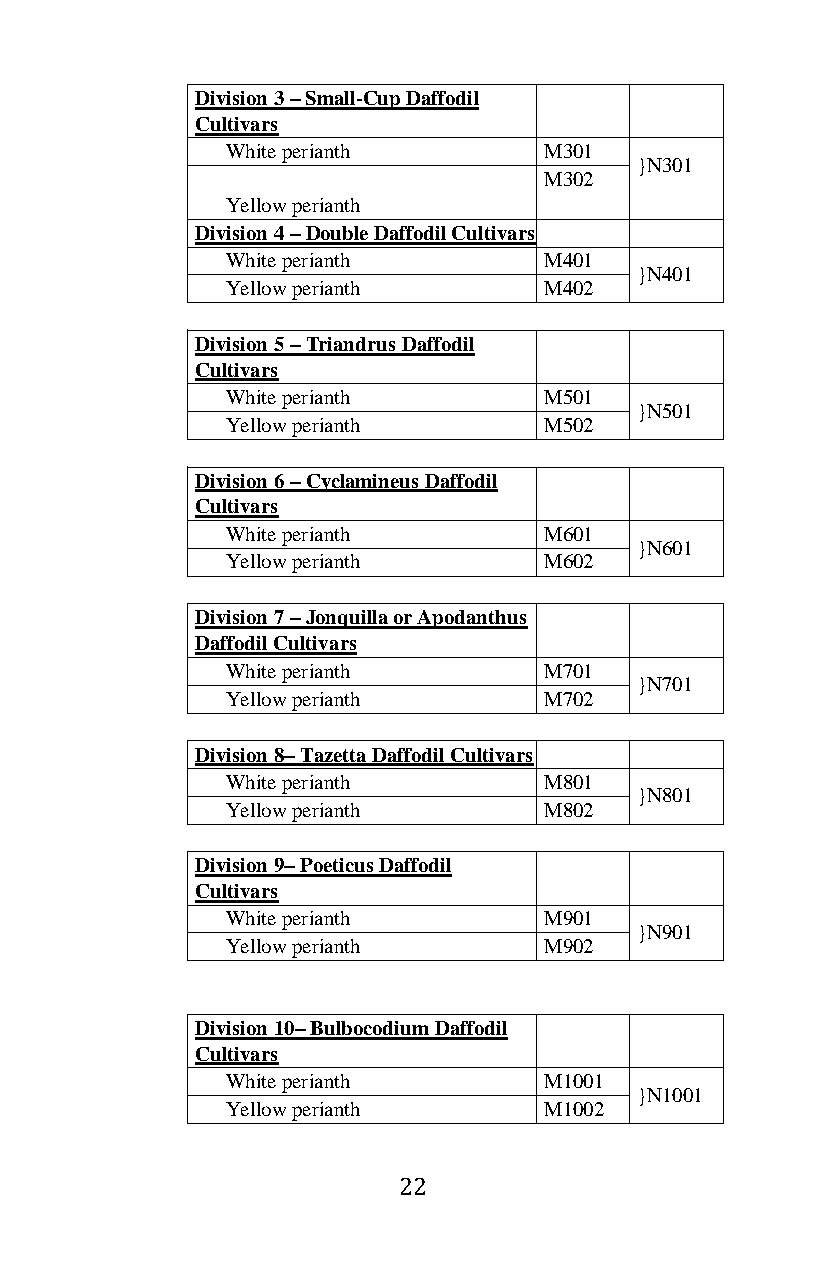
Division 3 – Small-Cup Daffodil
 Cultivars
 White perianth       M301
 }N301
 M302
 Yellow perianth
 Division 4 – Double Daffodil Cultivars
 White perianth       M401
 }N401
 Yellow perianth      M402
 Division 5 – Triandrus Daffodil
 Cultivars
 White perianth       M501
 }N501
 Yellow perianth      M502
 Division 6 – Cyclamineus Daffodil
 Cultivars
 White perianth       M601
 }N601
 Yellow perianth      M602
 Division 7 – Jonquilla or Apodanthus
 Daffodil Cultivars
 White perianth       M701
 }N701
 Yellow perianth      M702
 Division 8– Tazetta Daffodil Cultivars
 White perianth       M801
 }N801
 Yellow perianth      M802
 Division 9– Poeticus Daffodil
 Cultivars
 White perianth       M901
 }N901
 Yellow perianth      M902
 Division 10– Bulbocodium Daffodil
 Cultivars
 White perianth       M1001
 }N1001
 Yellow perianth      M1002
 22